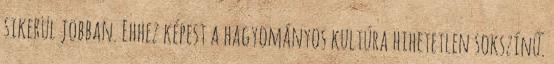
sikerül jobban. Ehhez képest a hagyományos kultúra hihetetlen sokszínű.